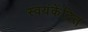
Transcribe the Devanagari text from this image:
स्वयंकेंद्रित